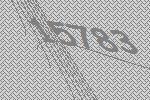
15783